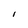
Character: 1